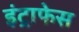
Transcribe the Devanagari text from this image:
इंट्राफेस